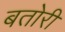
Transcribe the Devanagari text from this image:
बतोरी